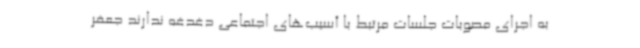
به اجرای مصوبات جلسات مرتبط با آسیب‌های اجتماعی دغدغه ندارند جعفر